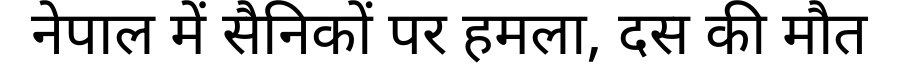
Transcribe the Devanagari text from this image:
नेपाल में सैनिकों पर हमला, दस की मौत